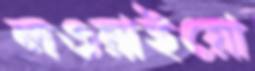
লওয়াইয়ো